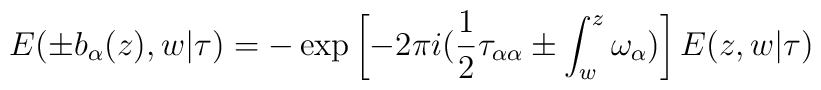
E(  \pm b_{\alpha} (z) , w | \tau ) = - \exp \left[ -2 \pi i ( \frac{1}{2} \tau_{\alpha \alpha}   \pm \int_w^z \omega_{\alpha} ) \right] E (z, w | \tau )